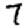
Digit: 7